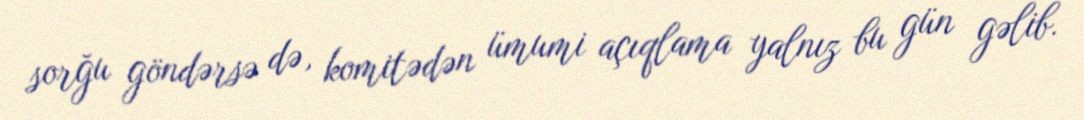
sorğu göndərsə də, komitədən ümumi açıqlama yalnız bu gün gəlib.